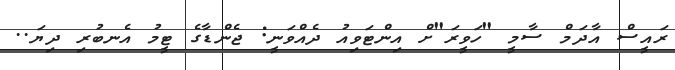
ރައީސް އާދަމް ސާމީ "ހަވީރަ"ށް އިންޓަވިއު ދެއްވަނީ: ޖެންޑާގެ ޓީމު އެނބުރި ދިޔަ..